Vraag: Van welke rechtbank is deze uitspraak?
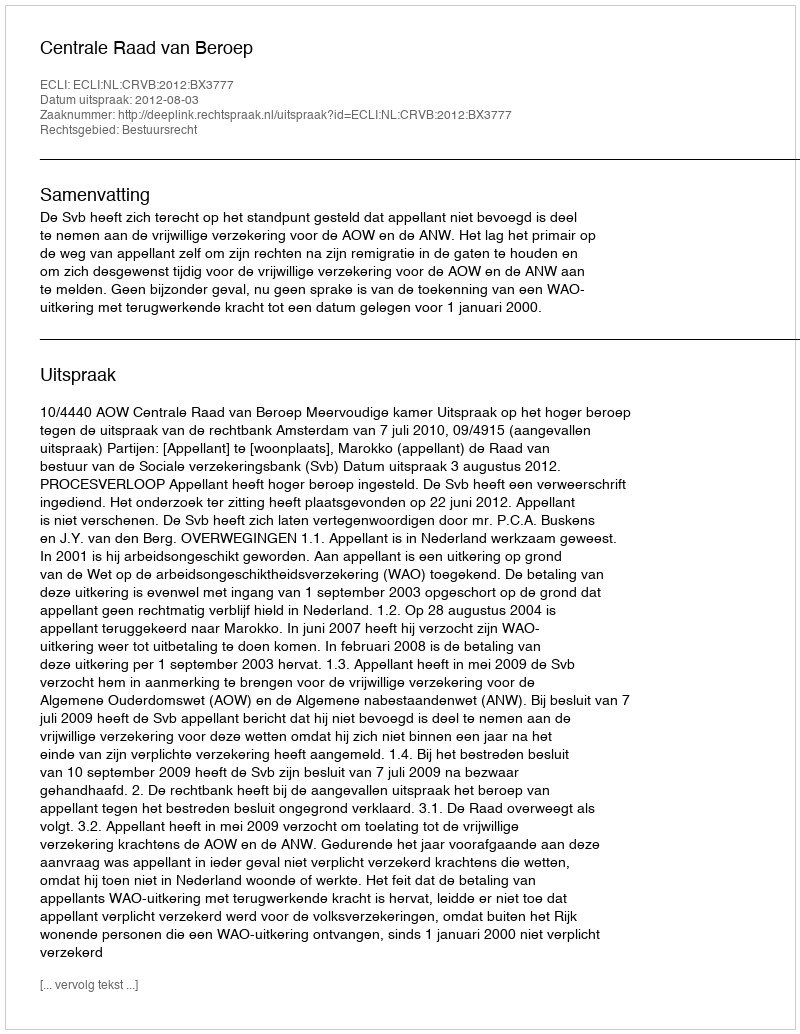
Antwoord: Centrale Raad van Beroep